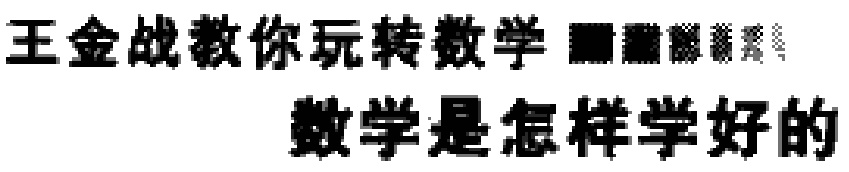
王金战教你玩转数学  数学是怎样学好的